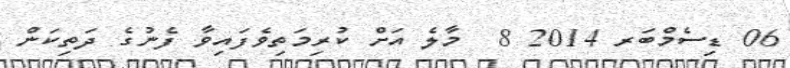
06 ޑިސެމްބަރ 2014 8  މާލެ އަށް ކުރިމަތިވެފައިވާ ފެނުގެ ދަތިކަން